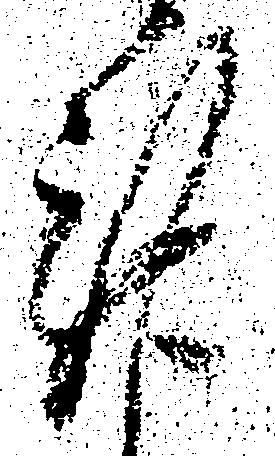
謹